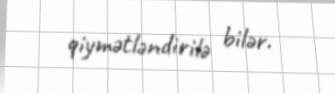
qiymətləndirilə bilər.